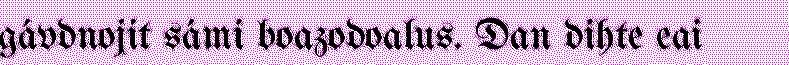
gávdnojit sámi boazodoalus. Dan dihte eai